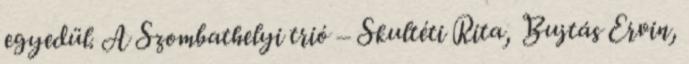
egyedül. A Szombathelyi trió – Skultéti Rita, Bujtás Ervin,